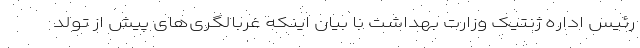
رئیس اداره ژنتیک وزارت بهداشت با بیان اینکه غربالگری‌های پیش از تولد